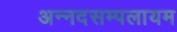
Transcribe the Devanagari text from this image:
अन्नदसम्पलायम